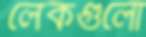
লেকগুলো